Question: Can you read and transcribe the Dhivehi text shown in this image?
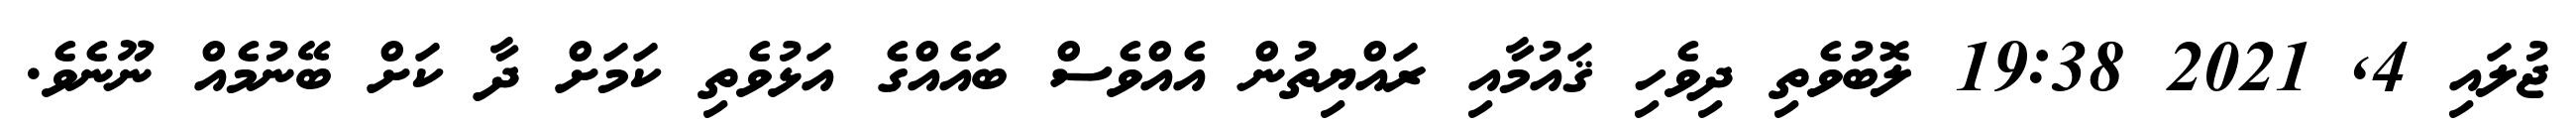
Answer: ޖުލައި 4, 2021 19:38 ލޮބުވެތި ދިވެހި ޤައުމާއި ރައްޔިތުން އެއްވެސް ބައެއްގެ އަޅުވެތި ކަމަށް ދާ ކަށް ބޭނުމެއް ނޫނެވެ.